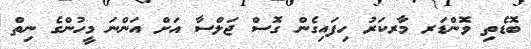
ބޮޑެތި ވޮންޑަރ މާރކަރު ހިފައިގެން ގޮސް ޖަލްސާ އަށް އަންނަ މީހުންގެ ނިތް